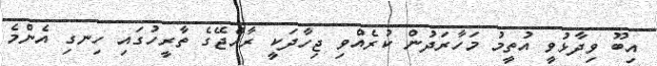
އިބޫ ވިދާޅުވީ އުތީމު މަހާރަދުން ކުރެއްވި ޖިހާދަކީ ރާއްޖޭގެ ތާރީހުގައި ހިނގި އެންމެ